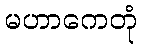
မဟာကေတုံ